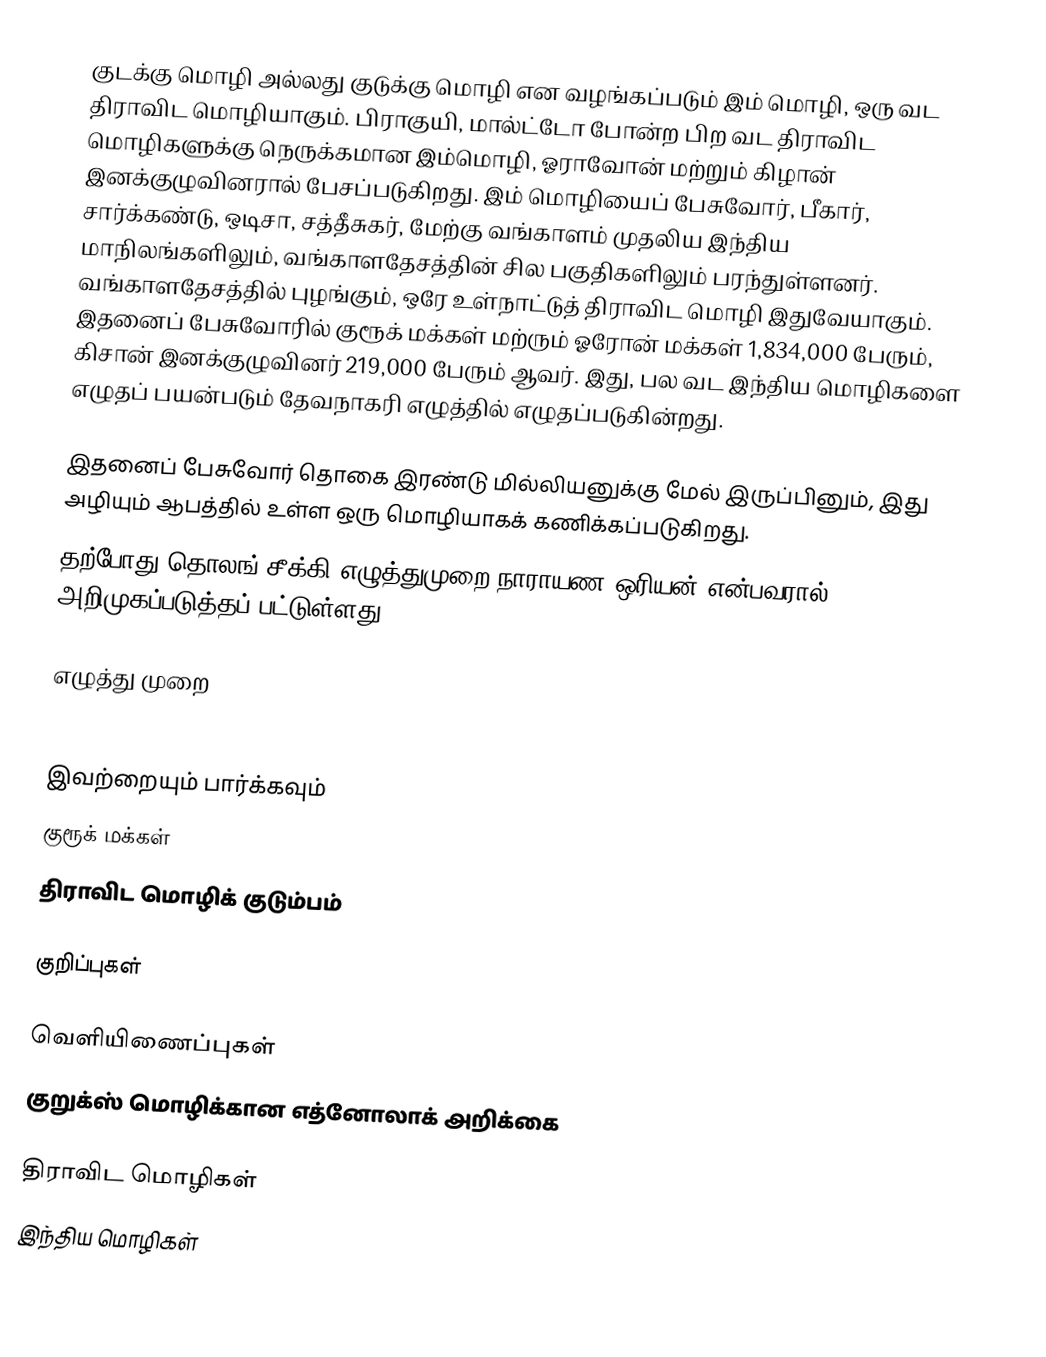
குடக்கு மொழி அல்லது குடுக்கு மொழி என வழங்கப்படும் இம் மொழி, ஒரு வட திராவிட மொழியாகும். பிராகுயி, மால்ட்டோ போன்ற பிற வட திராவிட மொழிகளுக்கு நெருக்கமான இம்மொழி, ஓராவோன் மற்றும் கிழான் இனக்குழுவினரால் பேசப்படுகிறது. இம் மொழியைப் பேசுவோர், பீகார், சார்க்கண்டு, ஒடிசா, சத்தீசுகர், மேற்கு வங்காளம் முதலிய இந்திய மாநிலங்களிலும், வங்காளதேசத்தின் சில பகுதிகளிலும் பரந்துள்ளனர். வங்காளதேசத்தில் புழங்கும், ஒரே உள்நாட்டுத் திராவிட மொழி இதுவேயாகும். இதனைப் பேசுவோரில் குரூக் மக்கள் மற்ரும் ஓரோன் மக்கள் 1,834,000 பேரும், கிசான் இனக்குழுவினர் 219,000 பேரும் ஆவர். இது, பல வட இந்திய மொழிகளை எழுதப் பயன்படும் தேவநாகரி எழுத்தில் எழுதப்படுகின்றது.

இதனைப் பேசுவோர் தொகை இரண்டு மில்லியனுக்கு மேல் இருப்பினும், இது அழியும் ஆபத்தில் உள்ள ஒரு மொழியாகக் கணிக்கப்படுகிறது.
தற்போது தொலங் சீக்கி எழுத்துமுறை நாராயண ஒரியன் என்பவரால் அறிமுகப்படுத்தப் பட்டுள்ளது.

எழுத்து முறை
𑰀 𑰁 𑰂 𑰃 𑰄 𑰅

இவற்றையும் பார்க்கவும்
 குரூக் மக்கள்
 திராவிட மொழிக் குடும்பம்

குறிப்புகள்

வெளியிணைப்புகள்
 குறுக்ஸ் மொழிக்கான எத்னோலாக் அறிக்கை

திராவிட மொழிகள்
இந்திய மொழிகள்